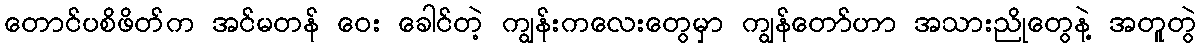
တောင်ပစိဖိတ်က အင်မတန် ဝေး ခေါင်တဲ့ ကျွန်းကလေးတွေမှာ ကျွန်တော်ဟာ အသားညိုတွေနဲ့ အတူတွဲ